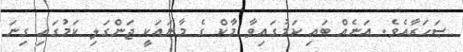
ޞަޙަރާއެވެ. އަނެއް ބައި ކަމުގައިވާ މާކް ގެ މާނައަކީ ޖަންގަލި ކަމުގައި ގިނަ